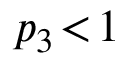
p _ { 3 } \! < \! 1